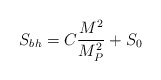
\begin{align*}S_{bh} = C \frac{M^{2}}{M_{P}^{2}} + S_{0}\end{align*}